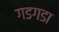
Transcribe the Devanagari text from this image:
गडगडा